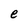
Character: e